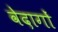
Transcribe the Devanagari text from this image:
वेदागों